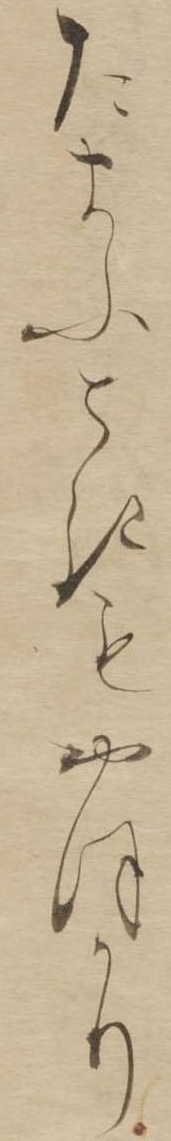
たまふときもおほかり